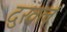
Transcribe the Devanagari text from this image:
दुखलं